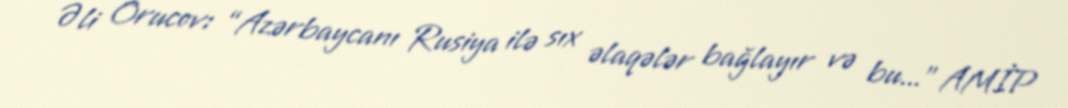
Əli Orucov: “Azərbaycanı Rusiya ilə sıx əlaqələr bağlayır və bu...” AMİP